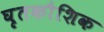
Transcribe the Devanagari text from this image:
घृतकौशिक